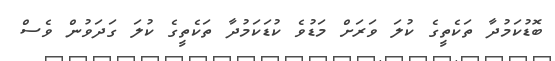
ބޮޑުކަމުދާ ތަކެތީގެ ކުލަ ވަރަށް މަޑުވެ ކުޑަކަމުދާ ތަކެތީގެ ކުލަ ގަދަވުން ވެސް